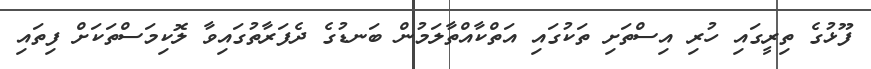
ފޫޅުގެ ތިރީގައި ހުރި އިސްތަށި ތަކުގައި އަތްކާއްތާލަމުން ބަނޑުގެ ދެފަރާތުގައިވާ ލޮކިމަސްތަކަށް ފިތައި